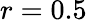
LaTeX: r=0.5